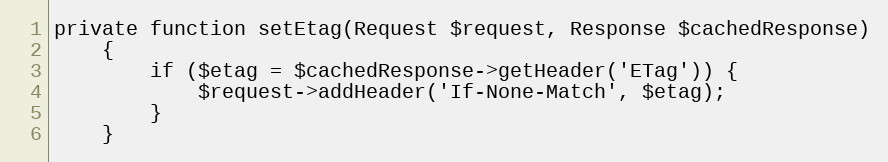
Language: PHP
private function setEtag(Request $request, Response $cachedResponse)
    {
        if ($etag = $cachedResponse->getHeader('ETag')) {
            $request->addHeader('If-None-Match', $etag);
        }
    }